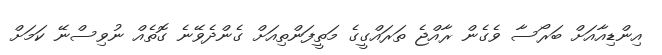
އިންޑިއާއަށް ބަރޯސާ ވެގެން ރާއްޖެ ތަރައްގީގެ މަތީފަންތިއަށް ގެންދެވޭނެ ގޮތެއް ނުވިސްނޭ ކަމަށް